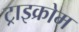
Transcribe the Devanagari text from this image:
ट्राइक्रोम